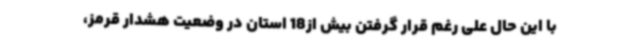
با این حال علی رغم قرار گرفتن بیش از18 استان در وضعیت هشدار قرمز،